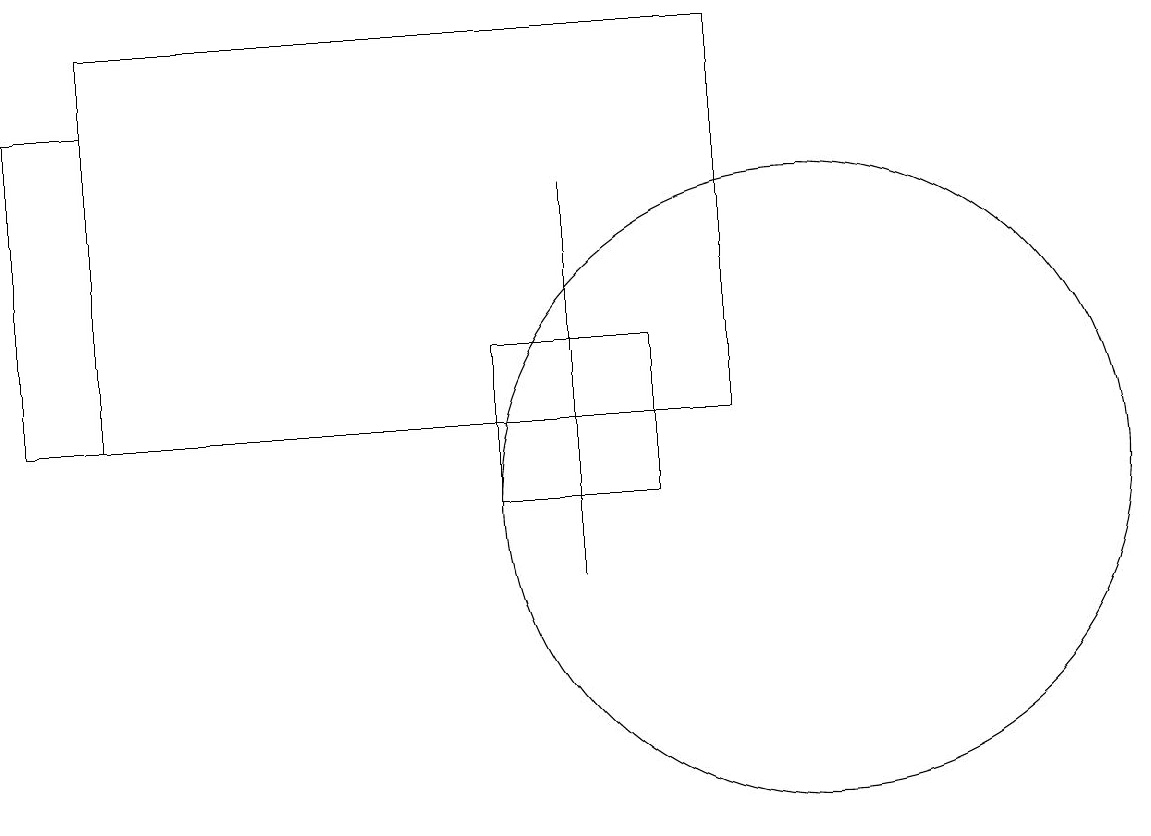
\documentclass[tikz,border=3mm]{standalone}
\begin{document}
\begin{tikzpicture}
\draw (7,16) rectangle (7,11);
\draw (1,17) rectangle (0,13);
\draw (8,14) rectangle (6,12);
\draw (10,12) circle (4);
\draw (9,13) rectangle (1,18);
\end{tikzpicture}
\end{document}